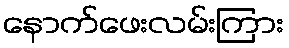
နောက်ဖေးလမ်းကြား